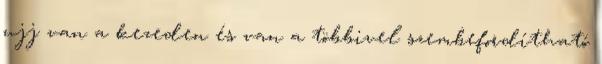
ujj van a kezeden és van a többivel szembefordítható